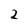
Character: 2